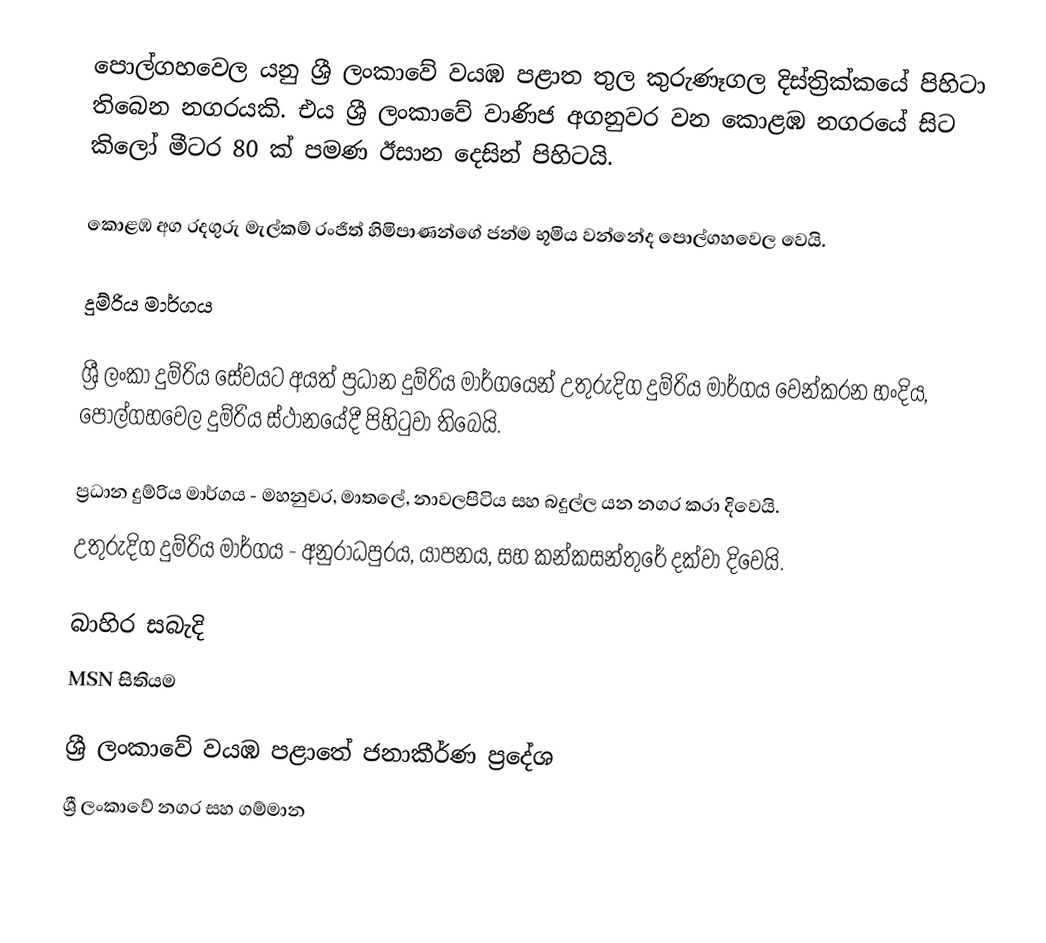
පොල්ගහවෙල යනු ශ්‍රී ලංකාවේ වයඹ පළාත තුල කුරුණෑගල දිස්ත්‍රික්කයේ පිහිටා තිබෙන නගරයකි. එය ශ්‍රී ලංකාවේ වාණිජ අගනුවර වන කොළඹ නගරයේ සිට කිලෝ මීටර 80 ක් පමණ ඊසාන දෙසින් පිහිටයි.

කොළඹ අග රදගුරු මැල්කම් රංජිත් හිමිපාණන්ගේ ජන්ම භූමිය වන්නේද පොල්ගහවෙල වෙයි.

දුම්රිය මාර්ගය

ශ්‍රී ලංකා දුම්රිය සේවයට අයත් ප්‍රධාන දුම්රිය මාර්ගයෙන් උතුරුදිග දුම්රිය මාර්ගය වෙන්කරන හංදිය, පොල්ගහවෙල දුම්රිය ස්ථානයේදී පිහිටුවා තිබෙයි.

ප්‍රධාන දුම්රිය මාර්ගය - මහනුවර, මාතලේ, නාවලපිටිය සහ බදුල්ල යන නගර කරා දිවෙයි.
උතුරුදිග දුම්රිය මාර්ගය - අනුරාධපුරය, යාපනය, සහ කන්කසන්තුරේ දක්වා දිවෙයි.

බාහිර සබැදි
 MSN සිතියම

ශ්‍රී ලංකාවේ වයඹ පළාතේ ජනාකීර්ණ ප්‍රදේශ
ශ්‍රී ලංකාවේ නගර සහ ගම්මාන